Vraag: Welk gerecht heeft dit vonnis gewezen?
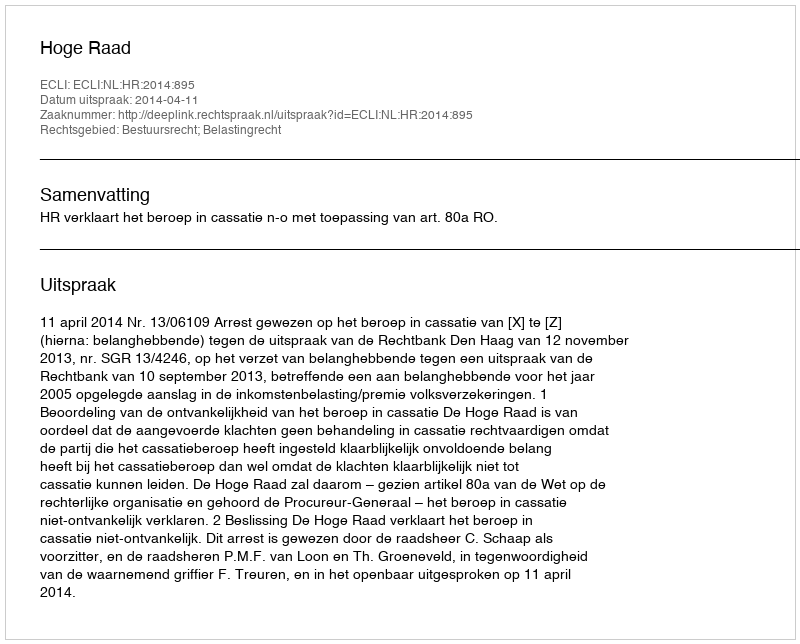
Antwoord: Hoge Raad